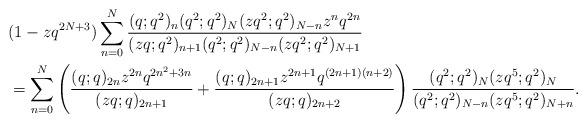
LaTeX: \begin{align*}&(1-zq^{2N+3})\sum_{n=0}^{N} \frac{(q;q^2)_{n}(q^2;q^2)_N(zq^2;q^2)_{N-n}z^n q^{2n}} {(zq;q^2)_{n+1}(q^2;q^2)_{N-n}(zq^2;q^2)_{N+1}}\\&=\sum_{n=0}^{N}\left(\frac{(q;q)_{2n}z^{2n}q^{2n^2+3n}}{(zq;q)_{2n+1}}+\frac{(q;q)_{2n+1}z^{2n+1}q^{(2n+1)(n+2)}}{(zq;q)_{2n+2}}\right)\frac{(q^2;q^2)_N(zq^5;q^2)_N}{(q^2;q^2)_{N-n}(zq^5;q^2)_{N+n}}.\end{align*}